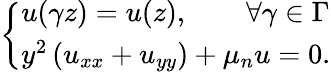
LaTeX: \left\{ \begin{array}{ll}{u(\gamma z)=u(z),\qquad\forall\gamma\in\Gamma}\\ {y^{2}\left(u_{xx}+u_{yy}\right)+\mu_{n}u=0.}\end{array}\right.